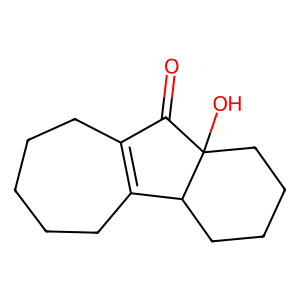
SMILES: O=C1C2=C(CCCCC2)C2CCCCC12O
Inhibits HIV replication: No